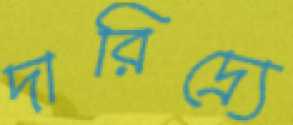
দারিদ্র্যে